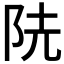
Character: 𨸪